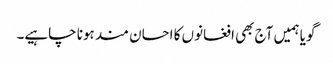
گویا ہمیں آج بھی افغانوں کا احسان مند ہونا چاہیے۔